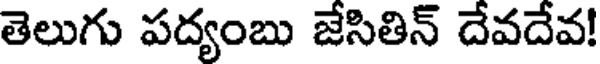
తెలుగు పద్యంబు జేసితిన్ దేవదేవ!